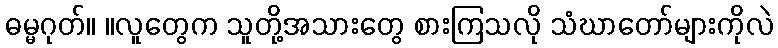
ဓမ္မဂုတ်။ ။လူတွေက သူတို့အသားတွေ စားကြသလို သံဃာတော်များကိုလဲ